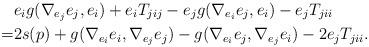
LaTeX: \begin{align*}&e_ig(\nabla_{e_j}e_j,e_i) + e_iT_{jij} - e_jg(\nabla_{e_i}e_j,e_i) - e_jT_{jii}\\=& 2s(p) + g(\nabla_{e_i}e_i, \nabla_{e_j}e_j) - g(\nabla_{e_i}e_j, \nabla_{e_j}e_i) - 2e_jT_{jii}.\end{align*}